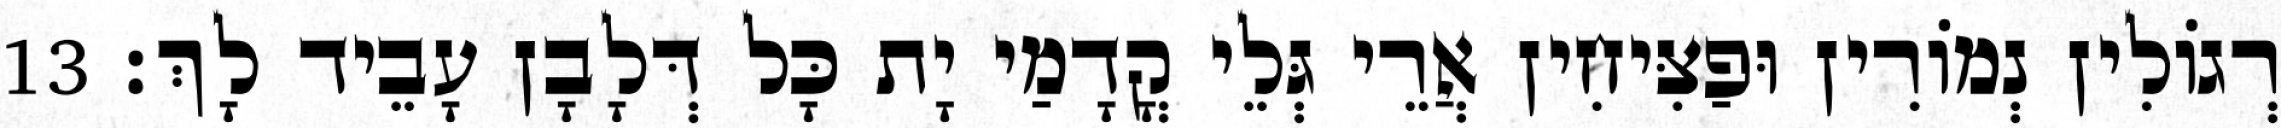
רְגוֹלִין נְמוֹרִין וּפַצִּיחִין אֲרֵי גְּלֵי קֳדָמַי יָת כָּל דְּלָבָן עָבֵיד לָךְ׃ 13